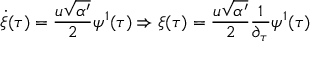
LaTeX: \dot { \xi } ( \tau ) = \frac { u \sqrt { \alpha ^ { \prime } } } { 2 } \psi ^ { 1 } ( \tau ) \Rightarrow \xi ( \tau ) = \frac { u \sqrt { \alpha ^ { \prime } } } { 2 } \frac { 1 } { \partial _ { \tau } } \psi ^ { 1 } ( \tau )